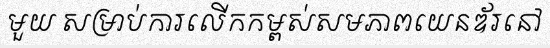
មួយ សម្រាប់ការលើកកម្ពស់សមភាពយេនឌ័រនៅ